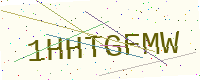
Text: 1HHTGFMW